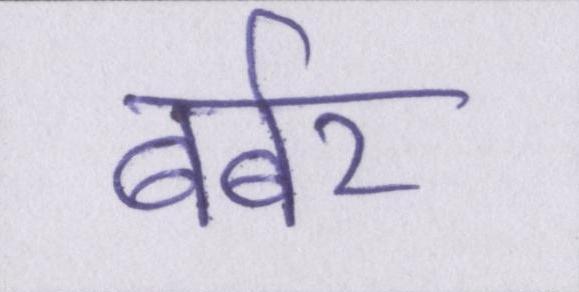
बर्बर